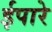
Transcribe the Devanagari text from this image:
ईपारे